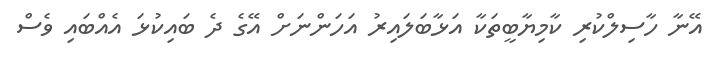
އޭނާ ހާސިލްކުރި ކާމިޔާބީތަކާ އަޅާބަލައިރު އަހަންނަށް އޭގެ ދެ ބައިކުޅަ އެއްބައި ވެސް